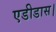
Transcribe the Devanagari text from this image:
एडीडास।